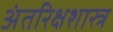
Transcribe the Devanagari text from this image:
अंतरिक्षशास्त्र